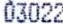
03022